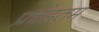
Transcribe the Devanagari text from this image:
प्रचंडतम